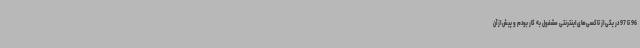
96 تا 97 در یکی از تاکسی‌های اینترنتی مشغول به کار بودم و پیش از آن